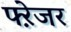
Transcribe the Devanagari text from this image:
फ्ऱेजर